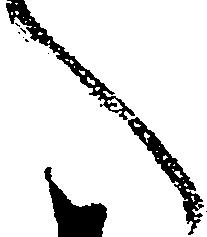
へ